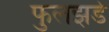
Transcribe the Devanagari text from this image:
फुलझडे